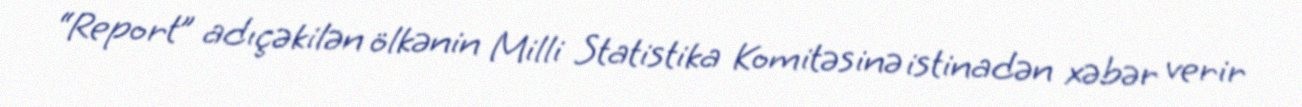
“Report” adıçəkilən ölkənin Milli Statistika Komitəsinə istinadən xəbər verir